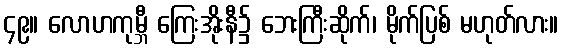
၄၉။ လောဟကုမ္ဘီ ကြေးအိုးနီ၌ ဘေးကြီးဆိုက်၊ မိုက်ပြစ် မဟုတ်လား။